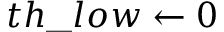
t h \_ l o w \leftarrow 0